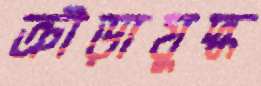
ক্রীড়াযুদ্ধ